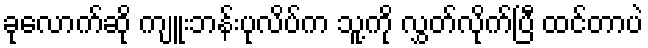
ခုလောက်ဆို ကျူးဘန်းပုလိပ်က သူ့ကို လွှတ်လိုက်ပြီ ထင်တာပဲ